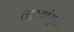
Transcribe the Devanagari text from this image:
ताऱ्यांमुळे